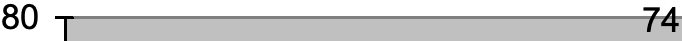
80                   74